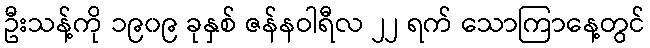
ဦးသန့်ကို ၁၉၀၉ ခုနှစ် ဇန်နဝါရီလ ၂၂ ရက် သောကြာနေ့တွင်